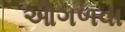
ઓગળવા